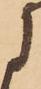
に